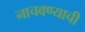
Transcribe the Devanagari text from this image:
नाचवण्याची